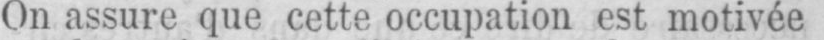
On assure que cette occupation est motivée